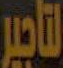
لتأجير